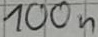
Text: 100n